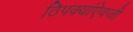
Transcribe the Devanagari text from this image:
ठिपक्यांऐवजी